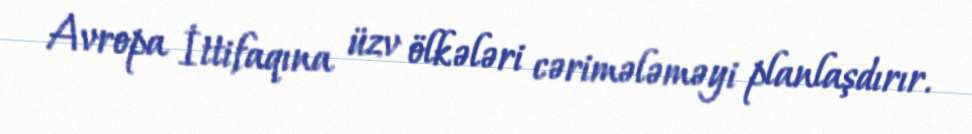
Avropa İttifaqına üzv ölkələri cərimələməyi planlaşdırır.